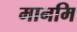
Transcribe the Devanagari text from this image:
मानमि